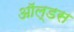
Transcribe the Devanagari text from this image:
ऑल्डस